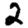
Digit: 2